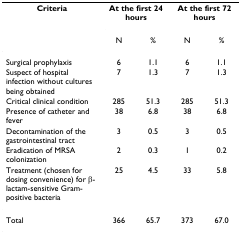
<table><thead><tr><td><b>Criteria</b></td><td colspan="2"><b>At the first 24 hours</b></td><td colspan="2"><b>At the first 72 hours</b></td></tr><tr><td></td><td><b>N</b></td><td><b>%</b></td><td><b>N</b></td><td><b>%</b></td></tr></thead><tbody><tr><td>Surgical prophylaxis</td><td>6</td><td>1.1</td><td>6</td><td>1.1</td></tr><tr><td>Suspect of hospital infection without cultures being obtained</td><td>7</td><td>1.3</td><td>7</td><td>1.3</td></tr><tr><td>Critical clinical condition</td><td>285</td><td>51.3</td><td>285</td><td>51.3</td></tr><tr><td>Presence of catheter and fever</td><td>38</td><td>6.8</td><td>38</td><td>6.8</td></tr><tr><td>Decontamination of the gastrointestinal tract</td><td>3</td><td>0.5</td><td>3</td><td>0.5</td></tr><tr><td>Eradication of MRSA colonization</td><td>2</td><td>0.3</td><td>1</td><td>0.2</td></tr><tr><td>Treatment (chosen for dosing convenience) for β-lactam-sensitive Gram-positive bacteria</td><td>25</td><td>4.5</td><td>33</td><td>5.8</td></tr><tr><td>Total</td><td>366</td><td>65.7</td><td>373</td><td>67.0</td></tr></tbody></table>